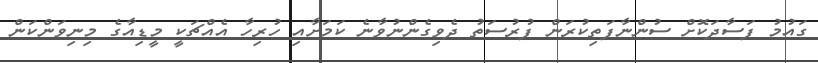
ގައުމު ފަސާދަކޮށް ސުންނާފަތިކުރަން ފުރުސަތު ދެވިގެންނުވާނެ ކަމަށާއި ހުރިހާ އެއްޗަކީ މީޑިއާގެ މިނިވަންކަން